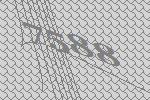
7588